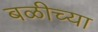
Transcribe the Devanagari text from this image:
बळीच्या